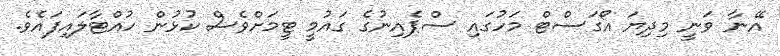
އޭނާ ވަނީ މިދިޔަ އޯގަސްޓް މަހުގައި ސްޕެއިނުގެ ގައުމީ ޓީމަށްވެސް ކުޅުން ހުއްޓާލައިފައެވެ.